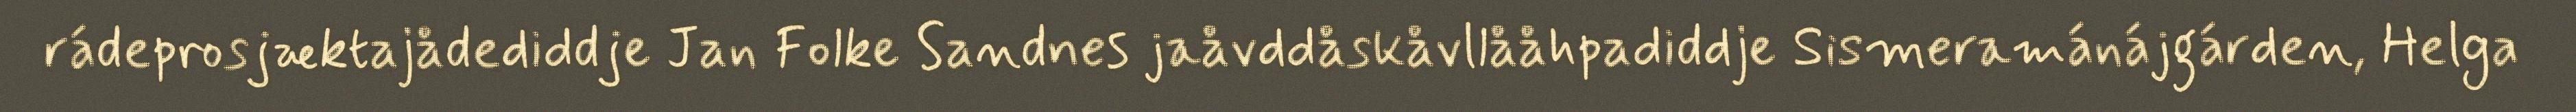
rádeprosjæktajådediddje Jan Folke Sandnes jaåvddåskåvllååhpadiddje Sismeramánájgárden, Helga